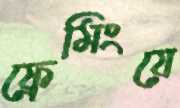
ফ্রেমিংয়ে